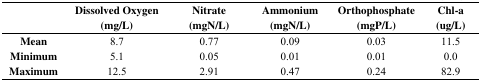
<table><thead><tr><td></td><td><b>Dissolved Oxygen (mg/L)</b></td><td><b>Nitrate (mgN/L)</b></td><td><b>Ammonium(mgN/L)</b></td><td><b>Orthophosphate (mgP/L)</b></td><td><b>Chl-a(ug/L)</b></td></tr></thead><tbody><tr><td><b>Mean</b></td><td>8.7</td><td>0.77</td><td>0.09</td><td>0.03</td><td>11.5</td></tr><tr><td><b>Minimum</b></td><td>5.1</td><td>0.05</td><td>0.01</td><td>0.01</td><td>0.0</td></tr><tr><td><b>Maximum</b></td><td>12.5</td><td>2.91</td><td>0.47</td><td>0.24</td><td>82.9</td></tr></tbody></table>